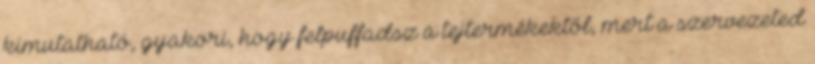
kimutatható, gyakori, hogy felpuffadsz a tejtermékektől, mert a szervezeted